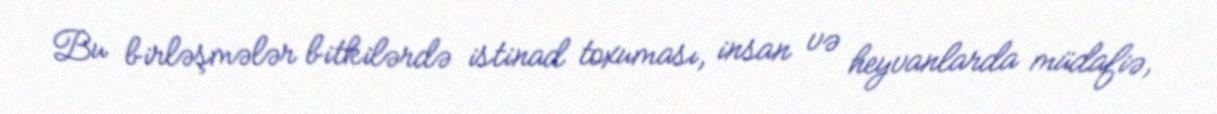
Bu birləşmələr bitkilərdə istinad toxuması, insan və heyvanlarda müdafiə,